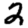
Digit: 2